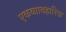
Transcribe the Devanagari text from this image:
एकव्यावहारिक